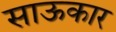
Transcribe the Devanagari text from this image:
साऊकार